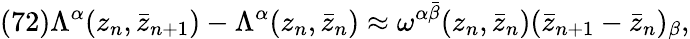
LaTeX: (72)\Lambda^{\alpha}(z_{n},\bar{z}_{n+1})-\Lambda^{\alpha}(z_{n},\bar{z}_{n})\approx\omega^{\alpha\bar{\beta}}(z_{n},\bar{z}_{n})(\bar{z}_{n+1}-\bar{z}_{n})_{\beta},